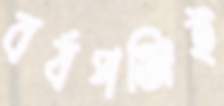
বর্ষপঞ্জিই